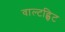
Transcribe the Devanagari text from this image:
वाल्टह्विट